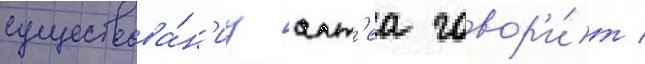
существова́н'иу алт'еа говор'и́т /